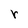
Character: r